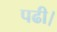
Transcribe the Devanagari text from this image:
पढी।